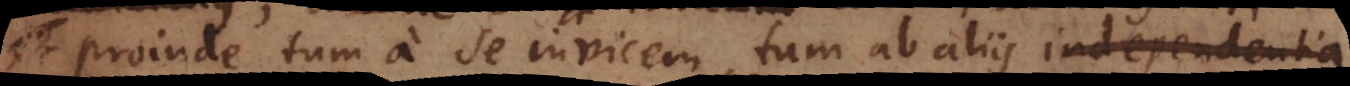
proinde tum a se invicem, tum ab aliis independentia